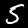
Label: 5